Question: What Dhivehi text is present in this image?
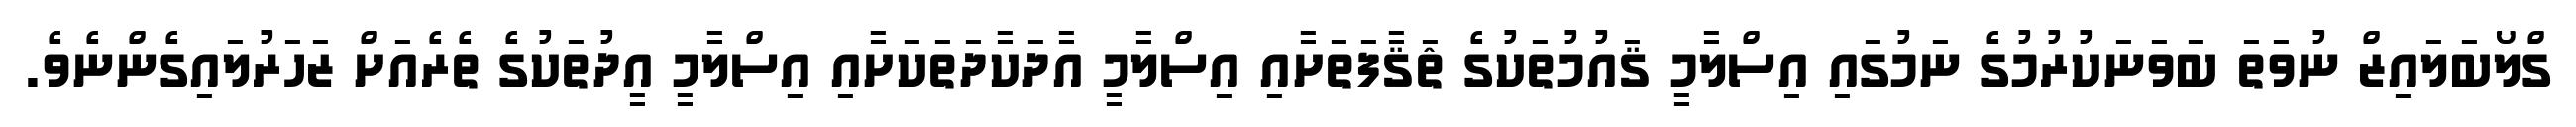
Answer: ގްލޯބަލައިޒް ނުވަތަ ބަވަނަކުރުމުގެ ނަމުގައި އިސްލާމީ ޤައުމުތަކުގެ ޘަޤާފަތަށާއި އިސްލާމީ އާދަކާދަތަކަށާއި އިސްލާމީ އީދުތަކުގެ ތެރެއަށް ޒަހަރުލައިގެންނެވެ.